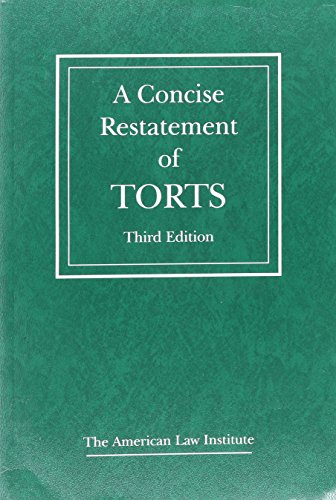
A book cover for A Concise Restatement of Torts, 3d (American Law Institute); The American Law Institute; Law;